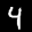
Label: 4